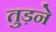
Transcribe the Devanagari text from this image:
तुड़ने